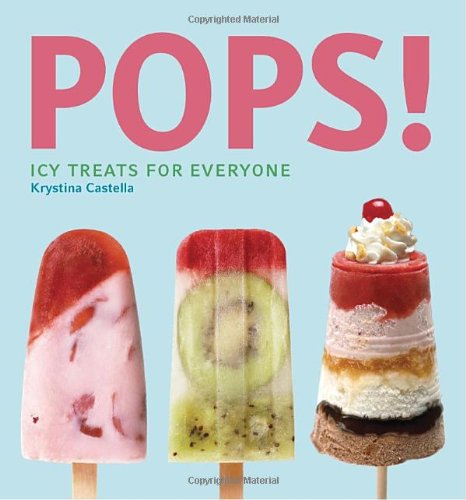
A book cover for Pops!: Icy Treats for Everyone; Krystina Castella; Cookbooks, Food & Wine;